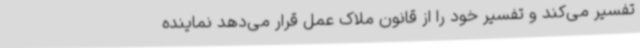
تفسیر می‌کند و تفسیر خود را از قانون ملاک عمل قرار می‌دهد نماینده